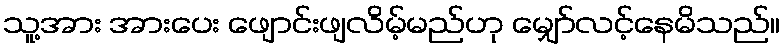
သူ့အား အားပေး ဖျောင်းဖျလိမ့်မည်ဟု မျှော်လင့်နေမိသည်။